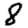
Digit: 8